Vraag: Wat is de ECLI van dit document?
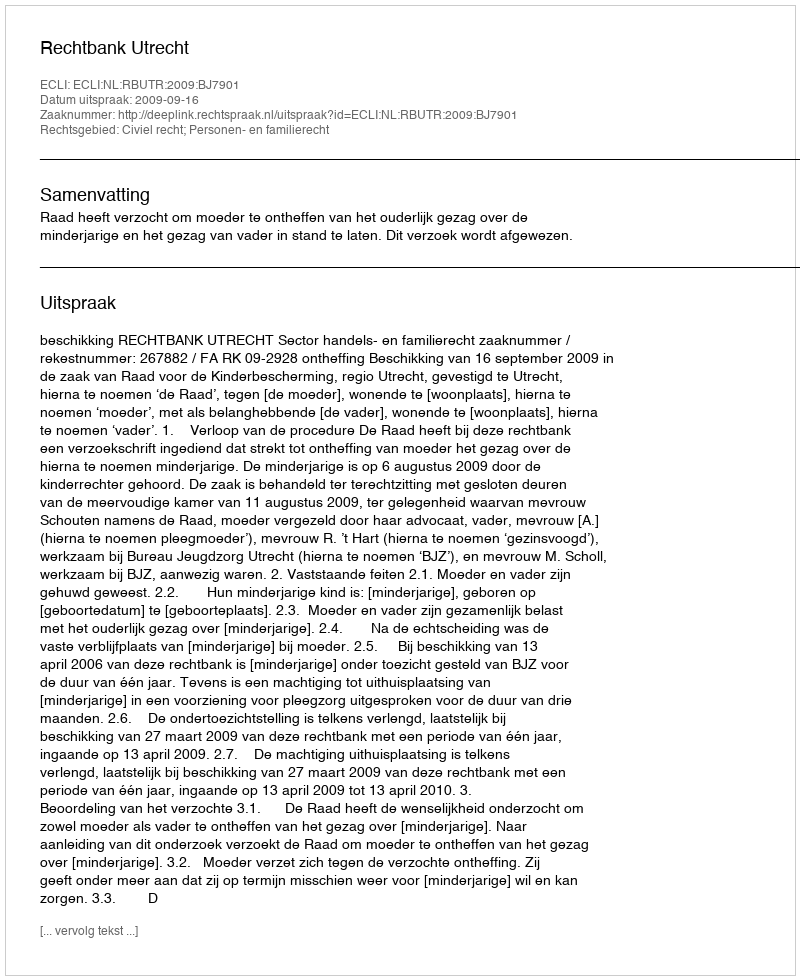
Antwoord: ECLI:NL:RBUTR:2009:BJ7901